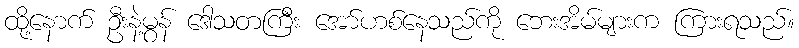
ထို့နောက် ဦးနဲ့မွန် ဒေါသတကြီး အော်ဟစ်နေသည်ကို ဘေးအိမ်များက ကြားရသည်။